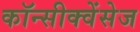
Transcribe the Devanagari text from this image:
कॉन्सीक्वेंसेज